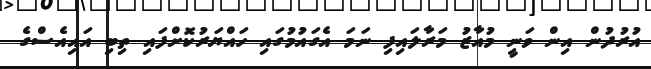
އުރުދުން އިން ވަނީ މުއާޒު މަރާލައިފި ނަމަ އެގައުމުގައި ހައްޔަރުކޮށްފައި ތިބި އައިއެސްގެ